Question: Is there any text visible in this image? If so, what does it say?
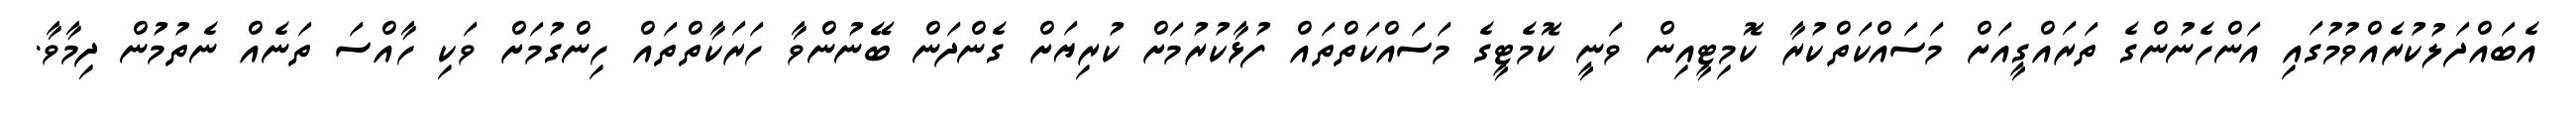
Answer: އެބައްދަލުކުރެއްވުމުގައި އަންހެނުންގެ ތަރައްގީއަށް މަސައްކަތްކުރާ ކޮމިޓީއިން ވަނީ ކޮމެޓީގެ މަސައްކަތްތައް ފުޅާކުރުމަށް ކުރިޔަށް ގެންދަން ބޭނުންވާ ހަރަކާތްތައް ހިންގުމަށް ވަކި ހާއްސަ ތަނެއް ނެތުމުން ދިމާވާ.